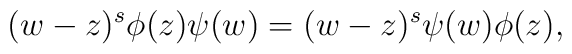
(w-z)^s \phi(z) \psi(w) = (w-z)^s \psi(w) \phi(z),